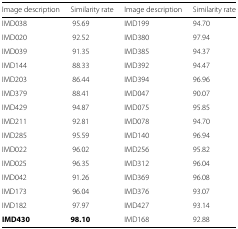
<table><thead><tr><td><b>Image description</b></td><td><b>Similarity rate</b></td><td><b>Image description</b></td><td><b>Similarity rate</b></td></tr></thead><tbody><tr><td>IMD038</td><td>95.69</td><td>IMD199</td><td>94.70</td></tr><tr><td>IMD020</td><td>92.52</td><td>IMD380</td><td>97.94</td></tr><tr><td>IMD039</td><td>91.35</td><td>IMD385</td><td>94.37</td></tr><tr><td>IMD144</td><td>88.33</td><td>IMD392</td><td>94.47</td></tr><tr><td>IMD203</td><td>86.44</td><td>IMD394</td><td>96.96</td></tr><tr><td>IMD379</td><td>88.41</td><td>IMD047</td><td>90.07</td></tr><tr><td>IMD429</td><td>94.87</td><td>IMD075</td><td>95.85</td></tr><tr><td>IMD211</td><td>92.81</td><td>IMD078</td><td>94.70</td></tr><tr><td>IMD285</td><td>95.59</td><td>IMD140</td><td>96.94</td></tr><tr><td>IMD022</td><td>96.02</td><td>IMD256</td><td>95.82</td></tr><tr><td>IMD025</td><td>96.35</td><td>IMD312</td><td>96.04</td></tr><tr><td>IMD042</td><td>91.26</td><td>IMD369</td><td>96.08</td></tr><tr><td>IMD173</td><td>96.04</td><td>IMD376</td><td>93.07</td></tr><tr><td>IMD182</td><td>97.97</td><td>IMD427</td><td>93.14</td></tr><tr><td><b>IMD430</b></td><td><b>98.10</b></td><td>IMD168</td><td>92.88</td></tr></tbody></table>